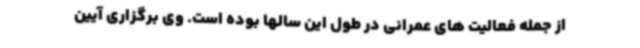
از جمله فعالیت های عمرانی در طول این سالها بوده است. وی برگزاری آیین